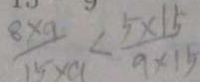
\frac { 8 \times 9 } { 1 5 \times 9 } < \frac { 5 \times 1 5 } { 9 \times 1 5 }